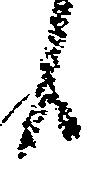
候